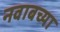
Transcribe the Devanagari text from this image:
नवाबच्या